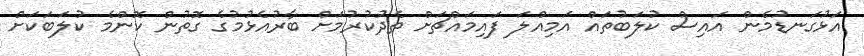
އަޅުގަނޑުމެން އައިސް ކުލަބުތައް އަމިއްލަ ފައިމައްޗަށް ތެދުކުރުމަށް ބާރުއެޅުމުގެ ގޮތުން ކޮންމެ ކުލަބަކަށް